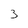
Character: 3